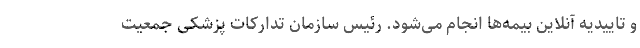
و تاییدیه آنلاین بیمه‌ها انجام می‌شود. رئیس سازمان تدارکات پزشکی جمعیت